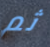
ثم